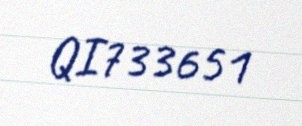
QI733651